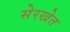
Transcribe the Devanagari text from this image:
सेरखेत